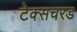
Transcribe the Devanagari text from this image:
टेक्सचरड